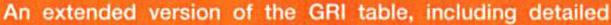
An extended version of the GRI table, including detailed